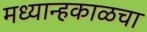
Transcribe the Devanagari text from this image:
मध्यान्हकाळचा